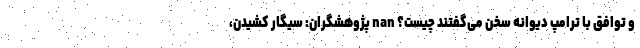
و توافق با ترامپ دیوانه سخن می‌گفتند چیست؟ nan پژوهشگران: سیگار کشیدن،